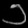
Digit: ၁